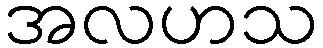
အလဟသ